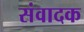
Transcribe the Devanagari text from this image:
संवादक